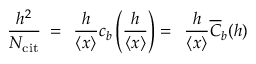
\frac { h ^ { 2 } } { N _ { \mathrm { c i t } } } \: = \: \: \frac { h } { \left\langle { x } \right\rangle } c _ { b } \left( \frac { h } { \left\langle { x } \right\rangle } \right) = \: \: \frac { h } { \left\langle { x } \right\rangle } \overline { { C } } _ { b } ( h )